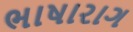
ભાષારાગ